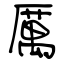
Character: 厲